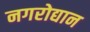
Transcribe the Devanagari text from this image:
नगरोद्यान